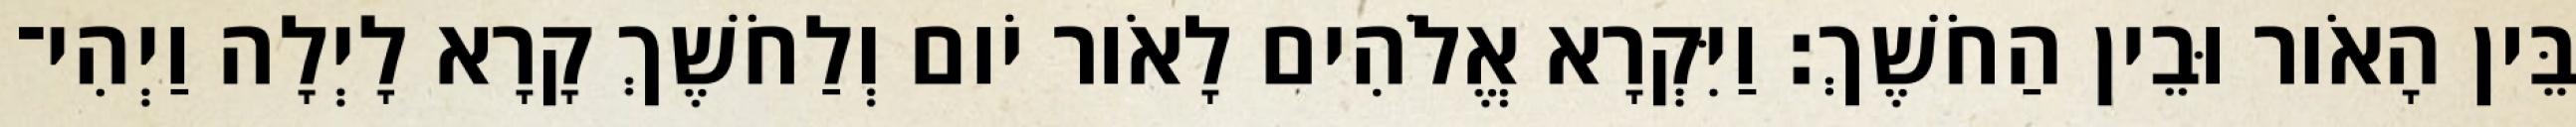
בֵּין הָאֹור וּבֵין הַחֹשֶׁךְ׃ וַיִּקְרָא אֱלֹהִים לָאֹור יֹום וְלַחֹשֶׁךְ קָרָא לָיְלָה וַיְהִי־